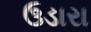
ઉડારા